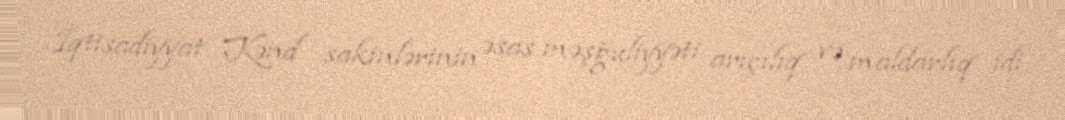
İqtisadiyyat Kənd sakinlərinin əsas məşğuliyyəti arıçılıq və maldarlıq idi.